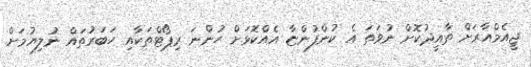
ޖީއެމްއާރަށް ތާއީދުކޮށް ނުވަތަ އެ ކުންފުންޏާ އެއްކޮޅަށް ހުންނަ ރިޕޯޓްތަކާއި ހަބަރުތައް ނުލިޔުމަށް